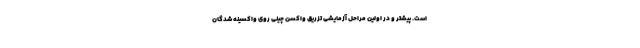
است. پیشتر و در اولین مراحل آزمایشی تزریق واکسن چینی روی واکسینه شدگان